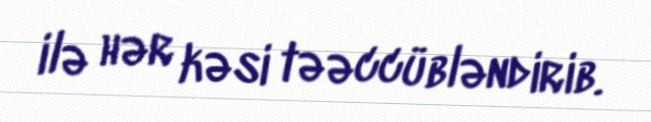
ilə hər kəsi təəccübləndirib.